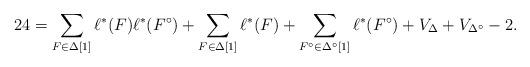
LaTeX: \begin{align*}24 = \sum_{F \in \Delta[1]}\ell^*(F) \ell^*(F^\circ) + \sum_{F \in \Delta[1]}\ell^*(F) + \sum_{F^\circ \in \Delta^\circ[1]} \ell^*(F^\circ) + V_\Delta + V_{\Delta^\circ} - 2.\end{align*}